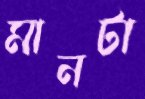
মানটা